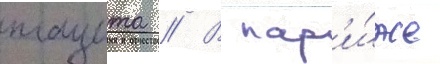
тацита // В пар'и́же